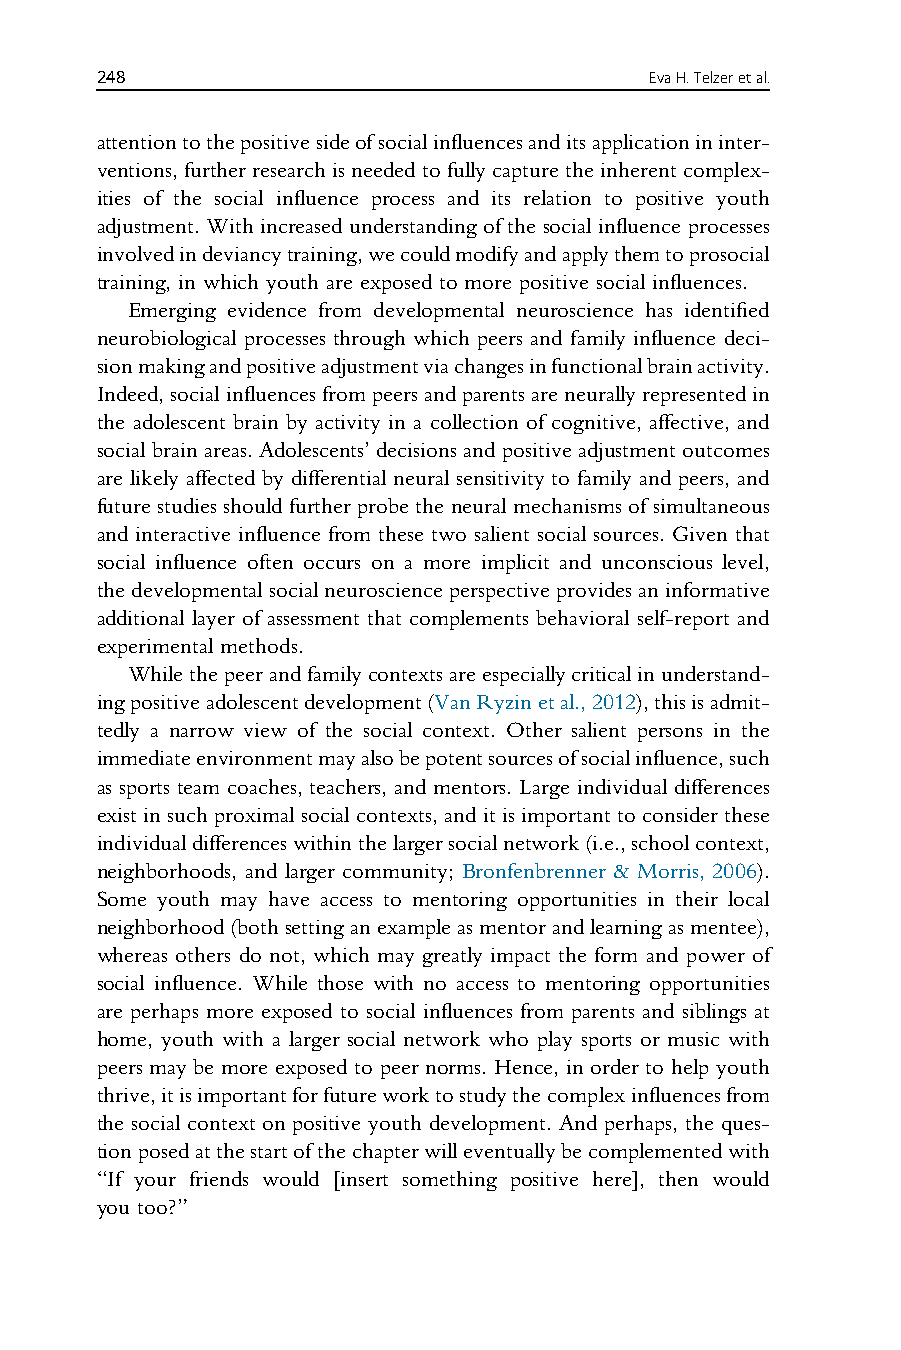
248                                  EvaH.Telzeretal.
 attentiontothepositivesideofsocialinfluencesanditsapplicationininter-
 ventions, further research is neededto fully capture the inherent complex-
 ities of the social influence process and its relation to positive youth
 adjustment. With increased understanding of the social influence processes
 involvedindeviancytraining,wecouldmodifyandapplythemtoprosocial
 training, in which youth are exposed to more positive social influences.
 Emerging evidence from developmental neuroscience has identified
 neurobiological processes through which peers and family influence deci-
 sionmakingandpositiveadjustmentviachangesinfunctionalbrainactivity.
 Indeed,socialinfluencesfrompeersandparentsareneurallyrepresentedin
 the adolescent brain by activity in a collection of cognitive, affective, and
 socialbrainareas.Adolescents’decisions andpositiveadjustmentoutcomes
 are likely affected by differential neural sensitivity to family and peers, and
 future studies should further probe the neural mechanisms of simultaneous
 and interactive influence from these two salient social sources. Given that
 social influence often occurs on a more implicit and unconscious level,
 the developmental socialneuroscience perspective provides an informative
 additional layer of assessment that complements behavioral self-report and
 experimental methods.
 Whilethepeerandfamilycontextsareespeciallycriticalinunderstand-
 ingpositiveadolescentdevelopment(VanRyzinetal.,2012),thisisadmit-
 tedly a narrow view of the social context. Other salient persons in the
 immediateenvironmentmayalsobepotentsourcesofsocialinfluence,such
 as sports team coaches, teachers, and mentors. Large individual differences
 exist in such proximal social contexts, and it is important to consider these
 individualdifferenceswithinthelargersocialnetwork(i.e.,schoolcontext,
 neighborhoods, and larger community; Bronfenbrenner & Morris, 2006).
 Some youth may have access to mentoring opportunities in their local
 neighborhood(bothsettinganexampleasmentorandlearningasmentee),
 whereas others do not, which may greatly impact the form and power of
 social influence. While those with no access to mentoring opportunities
 are perhaps more exposed to social influences from parents and siblings at
 home, youth with a larger social network who play sports or music with
 peers may be more exposed to peer norms. Hence, in order to help youth
 thrive,itisimportantforfutureworktostudythecomplexinfluencesfrom
 the social context on positive youth development. And perhaps, the ques-
 tionposedatthestartofthechapterwilleventuallybecomplementedwith
 “If your friends would [insert something positive here], then would
 you too?”